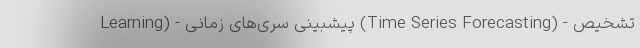
Learning) - پیشبینی سری‌های زمانی (Time Series Forecasting) - تشخیص